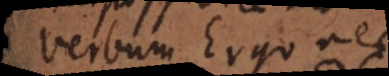
verbum, ergo nec